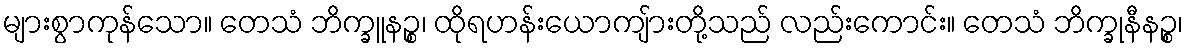
များစွာကုန်သော။ တေသံ ဘိက္ခူနဉ္စ၊ ထိုရဟန်းယောကျ်ားတို့သည် လည်းကောင်း။ တေသံ ဘိက္ခုနီနဉ္စ၊